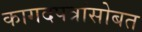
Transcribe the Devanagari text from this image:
कागदपत्रांसोबत